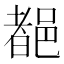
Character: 𨜞